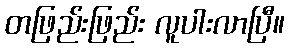
တဖြည်းဖြည်း လူပါးလာပြီ။